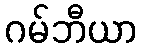
ဂမ်ဘီယာ